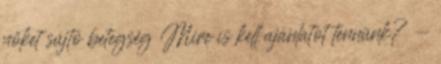
nőket sújtó betegség Mire is kell ajánlatot tennünk? -